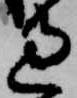
過